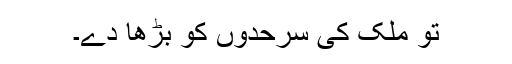
تو ملک کی سرحدوں کو بڑھا دے۔